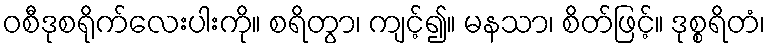
ဝစီဒုစရိုက်လေးပါးကို။ စရိတွာ၊ ကျင့်၍။ မနသာ၊ စိတ်ဖြင့်။ ဒုစ္စရိတံ၊